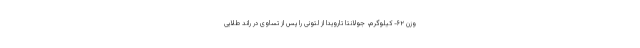
وزن ۶۲- کیلوگرم، جولانتا تارویدا از لتونی را پس از تساوی در راند طلایی